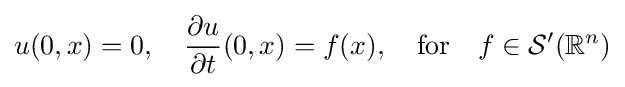
u(0,x)=0,\quad {\frac {\partial u}{\partial t}}(0,x)=f(x),\quad \mathrm {for} \quad f\in {\mathcal {S}}'(\mathbb {R} ^{n})